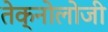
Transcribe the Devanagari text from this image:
तेक्नोलोजी